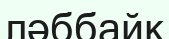
ләббайк